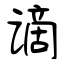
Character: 谪